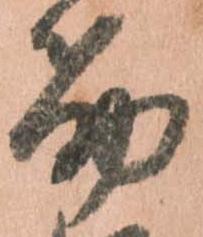
筋